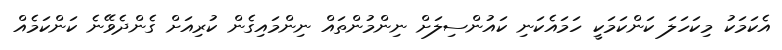
އެކަމަކު މިކަހަލަ ކަންކަަމަކީ ހަމައެކަނި ކައުންސިލަށް ނިންމުންތައް ނިންމަައިގެން ކުރިއަށް ގެންދެވޭނެ ކަންކަމެއް